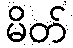
မိတ်